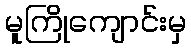
မူကြိုကျောင်းမှ